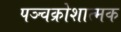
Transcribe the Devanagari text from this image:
पञ्चक्रोशात्मक